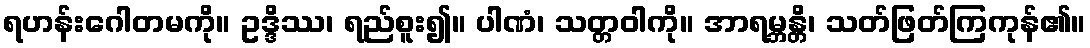
ရဟန်းဂေါတမကို။ ဥဒ္ဒိဿ၊ ရည်စူး၍။ ပါဏံ၊ သတ္တဝါကို။ အာရမ္ဘန္တိ၊ သတ်ဖြတ်ကြကုန်၏။